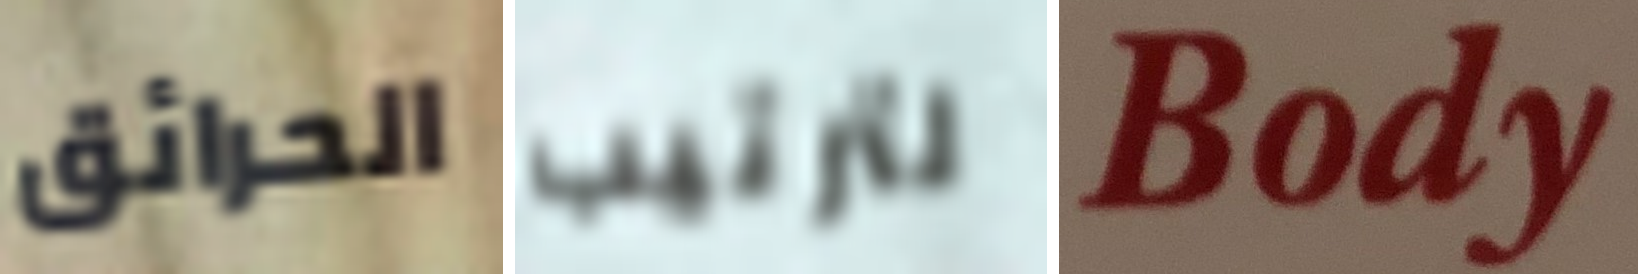
الحرائق لترتيب Body